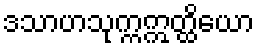
ဒသာဟသုက္ကဣတ္ထိယော